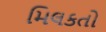
મિલકતો